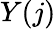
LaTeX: Y(j)